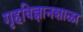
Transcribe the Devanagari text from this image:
गृहविज्ञानशाळा